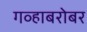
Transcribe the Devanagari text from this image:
गव्हाबरोबर